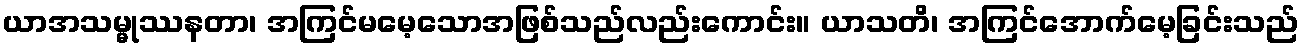
ယာအသမ္မုဿနတာ၊ အကြင်မမေ့သောအဖြစ်သည်လည်းကောင်း။ ယာသတိ၊ အကြင်အောက်မေ့ခြင်းသည်